Report of the Imperial Institute of Veterinary Research, Muktesar
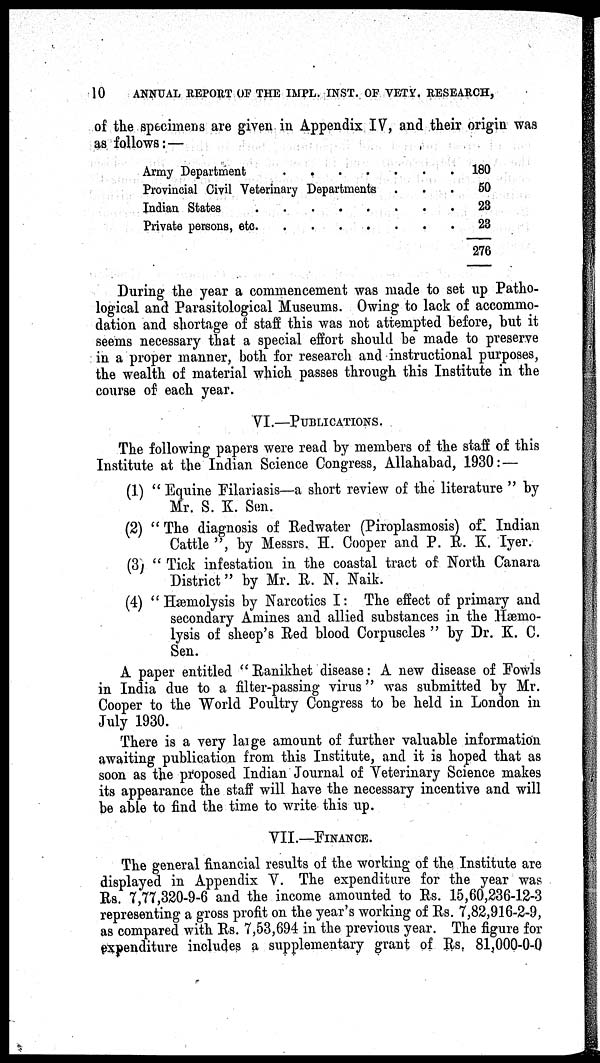
10
ANNUAL REPORT OF THE IMPL. INST. OF VETY. RESEARCH,
of the specimens are given in Appendix IV, and their origin was
as follows:—
Army Department
Provincial Civil Veterinary Departments
Indian States
.....
Private persons, etc.
....
.
.
.
.
.
.
.
.
.
.
.
.
180
50
23
23
276
During the year a commencement was made to set up Patho-
logical and Parasitological Museums. Owing to lack of accommo-
dation and shortage of staff this was not attempted before, but it
seems necessary that a special effort should be made to preserve
in a proper manner, both for research and instructional purposes,
the wealth of material which passes through this Institute in the
course of each year.
VI.—PUBLICATIONS.
The following papers were read by members of the staff of this
Institute at the Indian Science Congress, Allahabad, 1930 :—
(1) " Equine Filariasis—a short review of the literature " by
Mr. S. K. Sen.
(2) " The diagnosis of Redwater (Piroplasmosis) of Indian
Cattle ", by Messrs. H. Cooper and P. R. K. Iyer.
(3) " Tick infestation in the coastal tract of North Canara
District" by Mr. R. N. Naik.
(4) " Hæmolysis by Narcotics I: The effect of primary and
secondary Amines and allied substances in the Hæmo-
lysis of sheep's Red blood Corpuscles " by Dr. K. C.
Sen.
A paper entitled "Ranikhet disease: A new disease of Fowls
in India due to a filter-passing virus " was submitted by Mr.
Cooper to the World Poultry Congress to be held in London in
July 1930.
There is a very large amount of further valuable information
awaiting publication from this Institute, and it is hoped that as
soon as the proposed Indian Journal of Veterinary Science makes
its appearance the staff will have the necessary incentive and will
be able to find the time to write this up.
VII.—FINANCE.
The general financial results of the working of the Institute are
displayed in Appendix V. The expenditure for the year was
Rs. 7,77,320-9-6 and the income amounted to Rs. 15,60,236-12-3
representing a gross profit on the year's working of Rs. 7,82,916-2-9,
as compared with Rs. 7,53,694 in the previous year. The figure for
expenditure includes a supplementary grant of Rs. 81,000-0-0